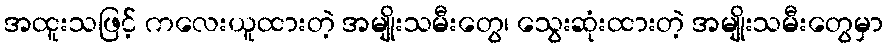
အထူးသဖြင့် ကလေးယူထားတဲ့ အမျိုးသမီးတွေ၊ သွေးဆုံးထားတဲ့ အမျိုးသမီးတွေမှာ